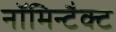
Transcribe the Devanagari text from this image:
नॉमिन्टैक्ट